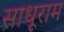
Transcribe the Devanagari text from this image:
साधूराम